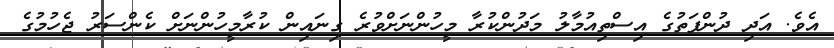
އެވެ. އަދި ދުންފަތުގެ އިސްތިއުމާލު މަދުންކުރާ މީހުންނަށްވުރެ ގިނައިން ކުރާމީހުންނަށް ކެންސަރު ޖެހުމުގެ